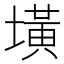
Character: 墴